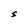
Character: S